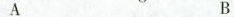
A B